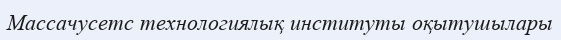
Массачусетс технологиялық институты оқытушылары